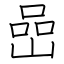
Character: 嵒